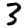
Digit: 3